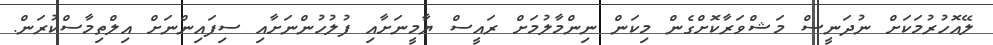
ލޭއޮހުރުމަކަށް ނުދަނީސް މަޝްވަރާކޮށްގެން މިކަން ނިންމާލުމަށް ރައީސް ޔާމީނަށާއި ފުލުހުންނަށާއި ސިފައިންނަށް އިލްތިމާސްކުރަން.